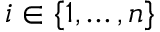
i \in \{ 1 , \dots , n \}